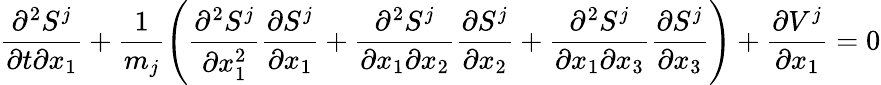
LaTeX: \frac{\partial^{2}S^{j}}{\partial t\partial x_{1}}+\frac{1}{m_{j}}\left(\frac{\partial^{2}S^{j}}{\partial x_{1}^{2}}\frac{\partial S^{j}}{\partial x_{1}}+\frac{\partial^{2}S^{j}}{\partial x_{1}\partial x_{2}}\frac{\partial S^{j}}{\partial x_{2}}+\frac{\partial^{2}S^{j}}{\partial x_{1}\partial x_{3}}\frac{\partial S^{j}}{\partial x_{3}}\right)+\frac{\partial V^{j}}{\partial x_{1}}=0